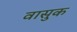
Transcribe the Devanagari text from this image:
वासुक